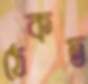
ঠেকত